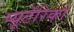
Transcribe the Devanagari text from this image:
प्यूर्टेरिको